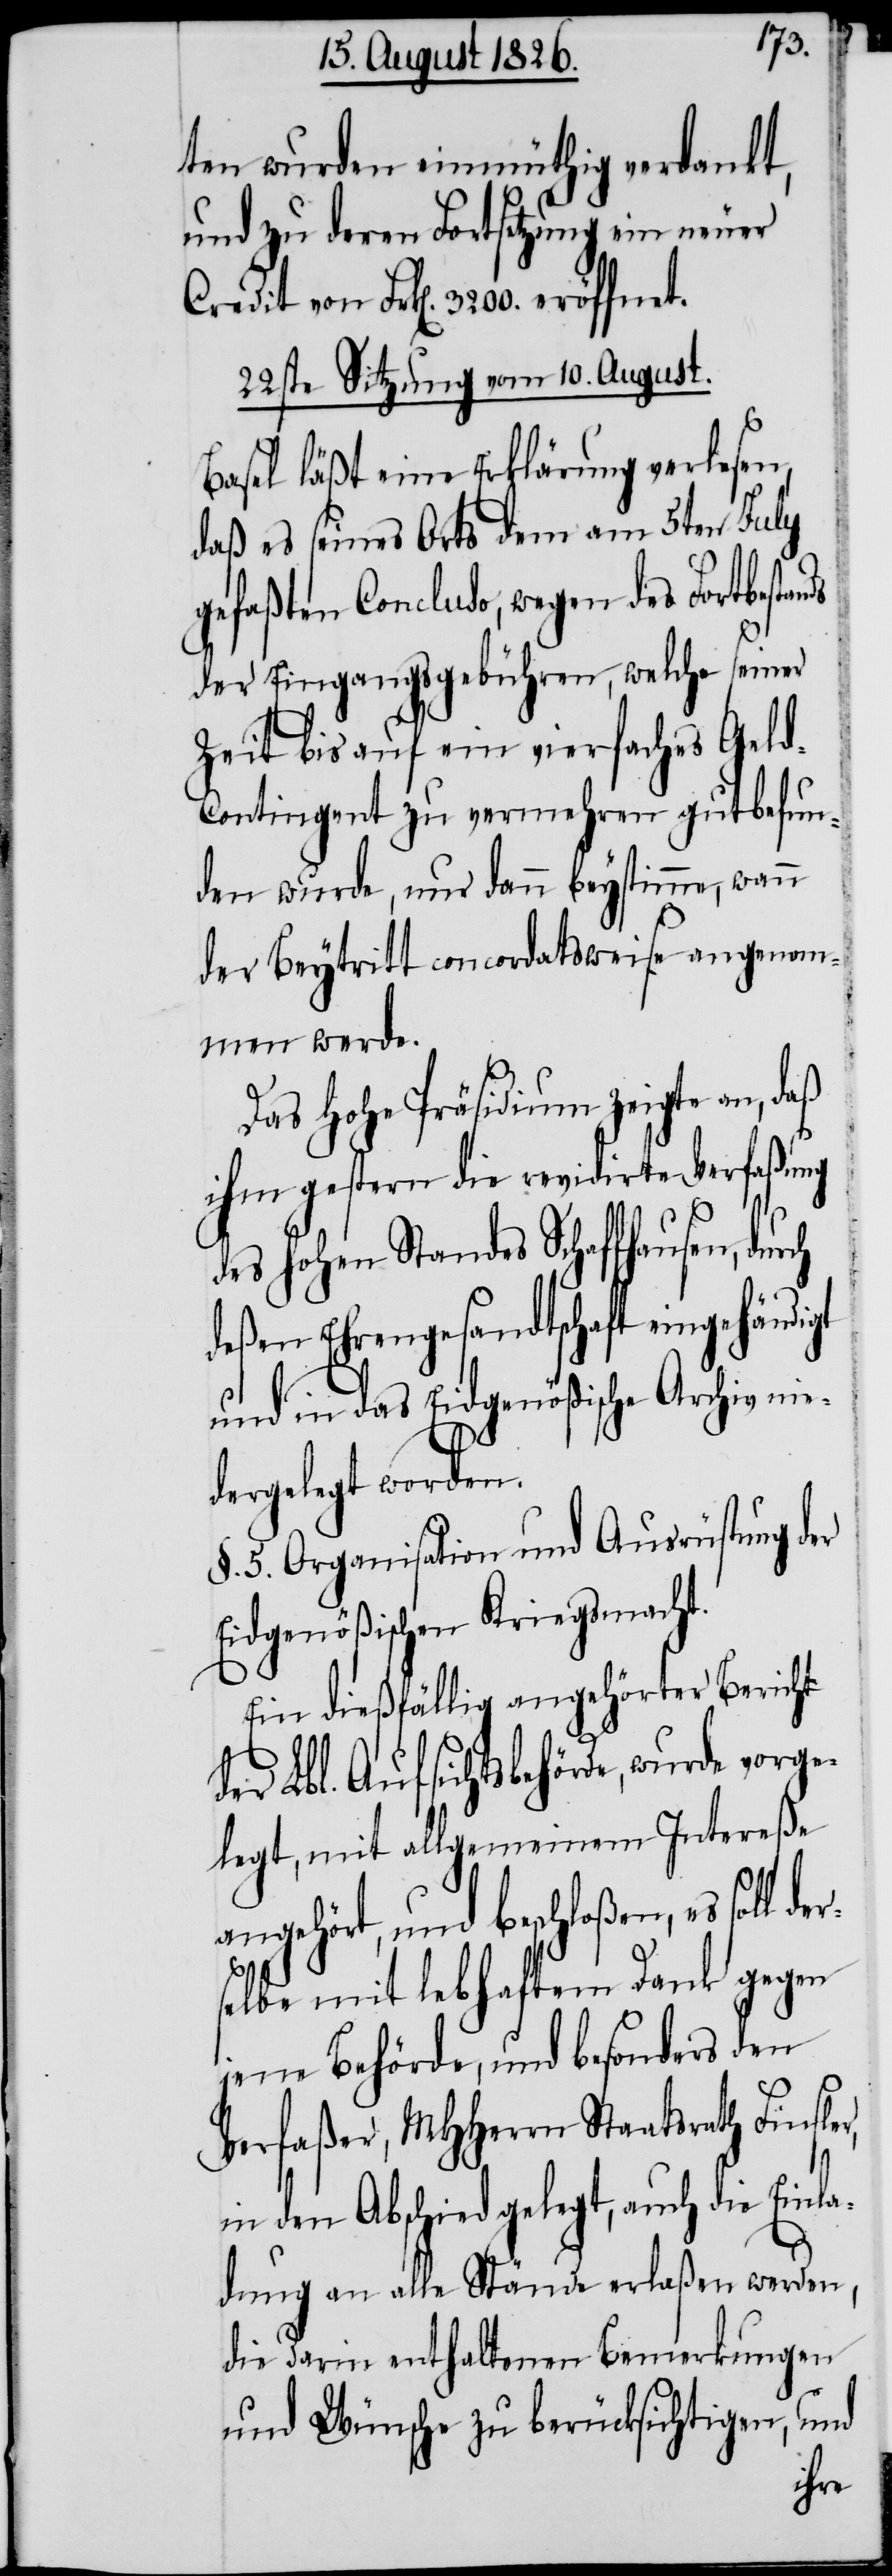
ten wurden einmüthig verdankt,
und zu deren Fortsetzung ein neuer
Credit von Frk[en]. 3200. eröffnet.
22ste Sitzung vom 10. August.
Basel läßt eine Erklärung verlesen,
daß es seines Orts dem am 5ten July
gefaßten Concluso, wegen des Fortbestan¬
der Eingangsgebühren, welche seiner
Zeit bis auf ein vierfaches Gel¬
d-Contingent zu vermehren gut befun¬
den wurde, nur dann beystimme, wenn
der Beytritt concordatsweise angenom¬
men werde.
Das hohe Präsidium zeigte an, daß
ihm gestern die revidirte Verfaßung
des hohen Standes Schaffhausen, dur¬
deßen Ehrengesandtschaft eingehändigt
und in das Eidgenößische Archiv nie¬
dergelegt worden.
§. 5. Organisation und Ausrüstung der
Eidgenößischen Kriegsmacht.
Ein dießfällig angehörter Bericht
der Lbl. Aufsichtsbehörde, wurde vorge¬
legt, mit allgemeinem Intereße
angehört, und beschloßen, es soll d¬
selbe mit lebhaftem Dank gegen
jene Behörde, und besonders den
Verfaßer, MHHerrrn Staatsrath Finsl¬
er,
in den Abschied gelegt, auch die Einl¬
adung an alle Stände erlaßen werden,
die darin enthaltenen Bemerkungen
und Wünsche zu berücksichtigen, und